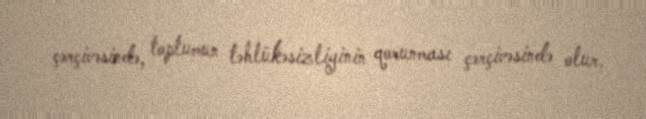
çərçivəsində, toplumun təhlükəsizliyinin qorunması çərçivəsində olur.